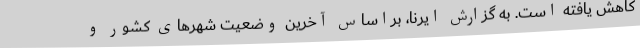
کاهش یافته است. به گزارش ایرنا، براساس آخرین وضعیت شهرهای کشور و